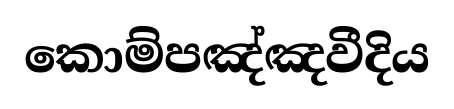
කොම්පඤ්ඤවීදිය